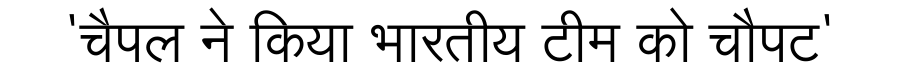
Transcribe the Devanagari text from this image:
'चैपल ने किया भारतीय टीम को चौपट'